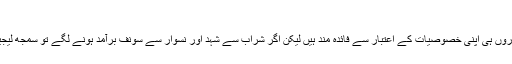
فائل فوٹو
اگر طبی اعتبار سے دیکھا جائے تو شہد، زیتون، لونگ اور سونف چاروں ہی اپنی خصوصیات کے اعتبار سے فائدہ مند ہیں لیکن اگر شراب سے شہد اور نسوار سے سونف برآمد ہونے لگے تو سمجھ لیجیے کہ دال میں کچھ کالا ہے یا پھر پوری کی پوری دال ہی کالی ہے۔